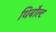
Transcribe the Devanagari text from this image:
थिबौल्ट